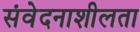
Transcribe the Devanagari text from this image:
संवेदनाशीलता